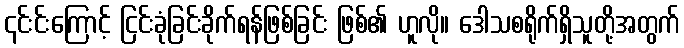
၎င်းင်းကြောင့် ငြင်းခုံခြင်းခိုက်ရန်ဖြစ်ခြင်း ဖြစ်၏ ဟူလို။ ဒေါသစရိုက်ရှိသူတို့အတွက်